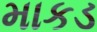
માકડ